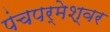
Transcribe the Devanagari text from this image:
पंचपर्मेश्वर